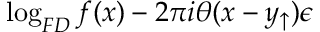
\log _ { F D } f ( x ) - 2 \pi i \theta ( x - y _ { \uparrow } ) \epsilon